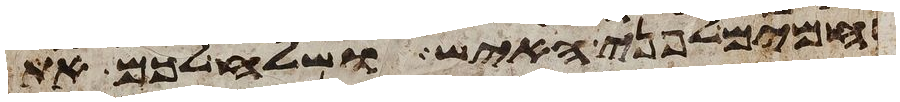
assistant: רחמים לפני האיש ושלח לכם את